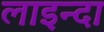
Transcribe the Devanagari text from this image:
लाइन्दा